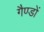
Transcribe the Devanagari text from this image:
गैण्डों